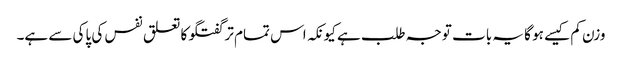
وزن کم کیسے ہو گا یہ بات توجہ طلب ہے کیونکہ اس تمام تر گفتگو کا تعلق نفس کی پاکی سے ہے۔